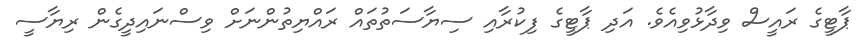
ޕާޓީގެ ރައީސް ވިދާޅުވިއެވެ. އަދި ޕާޓީގެ ފިކުރާއި ސިޔާސަތުތައް ރައްޔިތުންނަށް ވިސްނައިދީގެން ރިޔާސީ